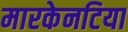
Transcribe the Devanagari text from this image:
मारकेनटिया